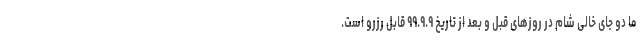
ما دو جای خالی شام در روزهای قبل و بعد از تاریخ ۹۹.۹.۹ قابل رزرو است.